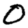
Digit: 0